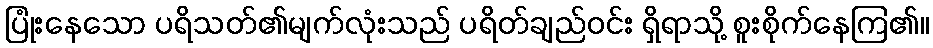
ပြုံးနေသော ပရိသတ်၏မျက်လုံးသည် ပရိတ်ချည်ဝင်း ရှိရာသို့ စူးစိုက်နေကြ၏။